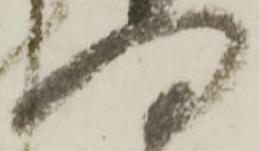
向